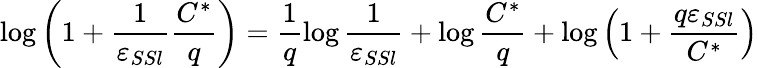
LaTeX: \log\left(1+\frac{1}{\varepsilon_{SSl}}\frac{C^{*}}{q}\right)=\frac 1q\log\frac{1}{\varepsilon_{SSl}}+\log\frac{C^{*}}{q}+\log\left(1+\frac{q\varepsilon_{SSl}}{C^{*}}\right)